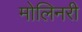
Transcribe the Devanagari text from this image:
मोलिनरी